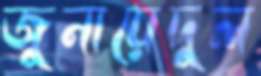
জুনায়েদুল